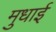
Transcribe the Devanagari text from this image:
मुधाई